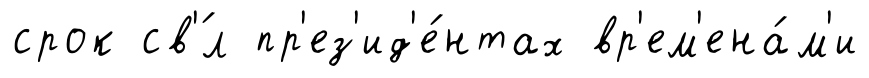
срок св'́л пр'ез'ид'е́нтах вр'ем'ена́м'и